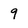
Character: 9